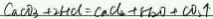
C a C O _ { 3 } + 2 H C l = c a C l _ { 2 } + H _ { 2 } O + C O _ { 2 } \uparrow